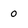
Character: 0